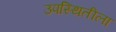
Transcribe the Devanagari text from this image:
उपस्थितीला